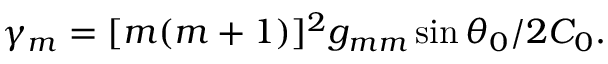
\gamma _ { m } = [ m ( m + 1 ) ] ^ { 2 } g _ { m m } \sin \theta _ { 0 } / 2 C _ { 0 } .